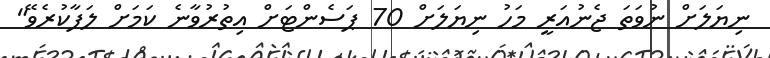
ނިޔަލަށް ނުވަތަ ޖެނުއަރީ މަހު ނިޔަލަށް 70 ޕަސެންޓަށް އިތުރުވާނެ ކަމަށް ލަފާކުރެވޭ"